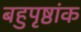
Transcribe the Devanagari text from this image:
बहुपृष्ठांक